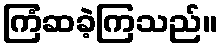
ကြံဆခဲ့ကြသည်။